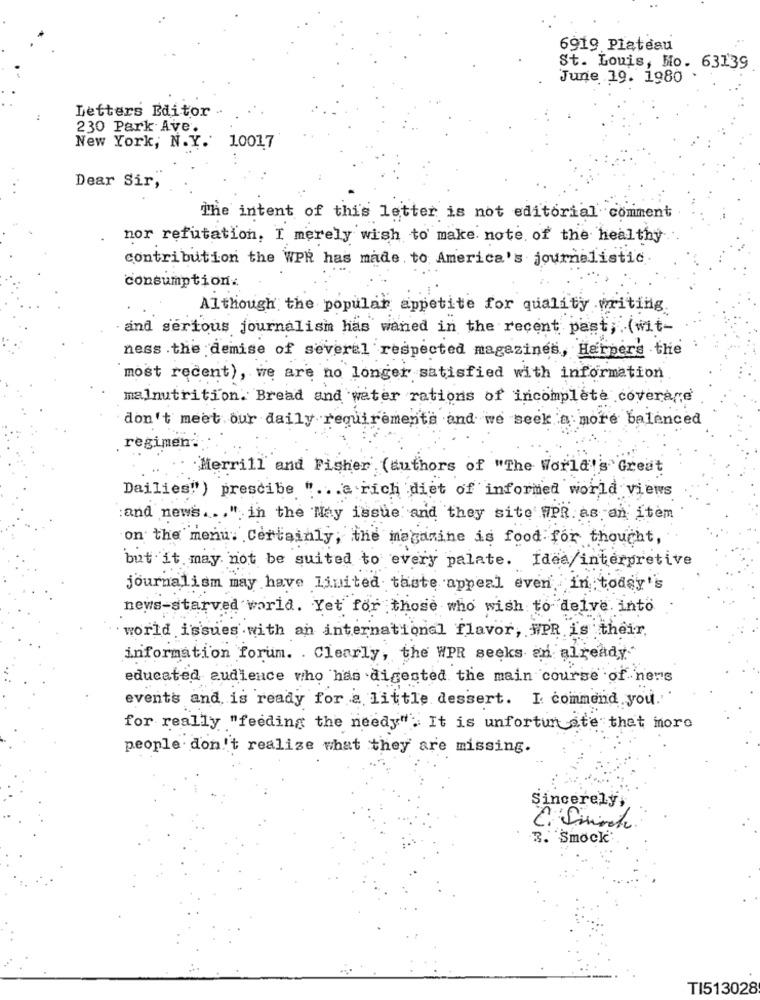
6919 Plateau
St. Louis, Mo. 63139
June 19. 1980
Letters Editor
230 Park Ave.
New York, N.Y. 10017
Dear Sir,
The intent of this letter is not editorial comment
nor refutation, I merely wish to make note of the healthy
contribution the WPR has made. to America's journalistic
consumption.
Although the popular appetite for quality writing.
and serious journalism has waned in the recent past, (wit-
ness the demise of several respected magazines , Harpers the
most recent), we are no longer satisfied with information
malnutrition. Bread and water rations of incomplete coverage
don't meet our daily requirements and we seek a more balenced
regimen.
.. Merrill and Fisher (authors of "The World's Great
Dailies") prescibe " ... a rich diet of informed world views
:and news ... " in the May issue and they site WPR as an item
on the menu. Certainly , the magazine is food for thought ,
but it may not be suited to every palate. Idea/interpretive
journalism may have Limited taste appeal even in today's
news-starved world. Yet for those who wish to delve into
world issues with an international flavor, #PR is their,
information forum. . Clearly, the WPR seeks an already'
educated audience who has digested the main course of ners
events and is ready for a little dessert. I commend you.
for really "feeding the needy" . It is unfortunate that moro
people don't realize what they are missing.
Sincerely,
2. Switch
3. Smock:
TI513028